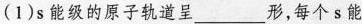
(1)s能级的原子轨道呈___形，每个s能